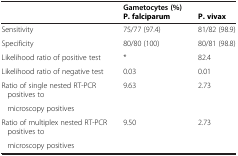
|  | Gametocytes (%) |  |
 | --- | --- | --- |
 |  | P. falciparum | P. vivax |
 | Sensitivity | 75/77 (97.4) | 81/82 (98.9) |
 | Specificity | 80/80 (100) | 80/81 (98.8) |
 | Likelihood ratio of positive test | * | 82.4 |
 | Likelihood ratio of negative test | 0.03 | 0.01 |
 | Ratio of single nested RT-PCR positives to | 9.63 | 2.73 |
 | microscopy positives |  |  |
 | Ratio of multiplex nested RT-PCR positives to | 9.50 | 2.73 |
 | microscopy positives |  |  |